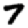
Digit: 7